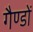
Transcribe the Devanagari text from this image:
गैण्डों